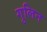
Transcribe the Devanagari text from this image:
गुलिन